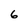
Character: 6